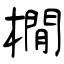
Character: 橌